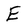
Character: E